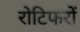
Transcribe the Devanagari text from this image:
रोटिफरों